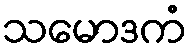
သမောဒကံ